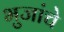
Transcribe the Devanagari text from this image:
भुजांचे